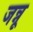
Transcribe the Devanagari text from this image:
जन्नू